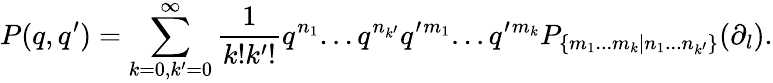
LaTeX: P(q,q^{\prime})=\sum_{k=0,k^{\prime}=0}^{\infty}\frac{1}{k!k^{\prime}!}q^{n_{1}}...q^{n_{k^{\prime}}}q^{\prime}{}^{m_{1}}...q^{\prime}{}^{m_{k}}P_{\{ m_{1}...m_{k}|n_{1}...n_{k^{\prime}}\} }(\partial_{l}).